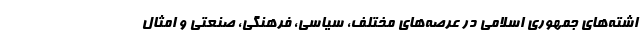
اشته‌های جمهوری اسلامی در عرصه‌های مختلف، سیاسی، فرهنگی، صنعتی و امثال